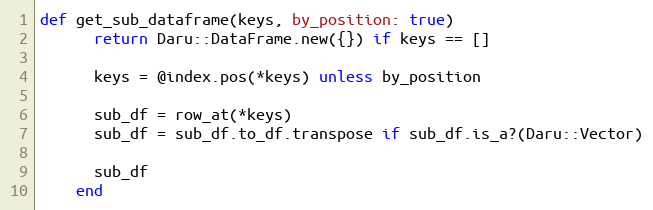
Language: Ruby
def get_sub_dataframe(keys, by_position: true)
      return Daru::DataFrame.new({}) if keys == []

      keys = @index.pos(*keys) unless by_position

      sub_df = row_at(*keys)
      sub_df = sub_df.to_df.transpose if sub_df.is_a?(Daru::Vector)

      sub_df
    end